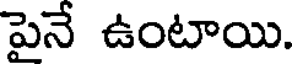
పైనే ఉంటాయి.